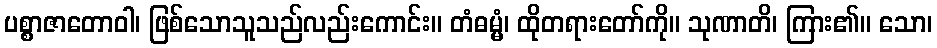
ပစ္စာဇာတောဝါ၊ ဖြစ်သောသူသည်လည်းကောင်း။ တံဓမ္မံ၊ ထိုတရားတော်ကို။ သုဏာတိ၊ ကြား၏။ သော၊